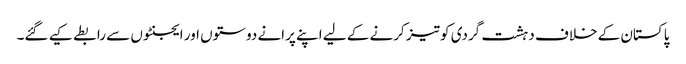
پاکستان کے خلاف دہشت گردی کو تیز کرنے کے لیے اپنے پرانے دوستوں اور ایجنٹوں سے رابطے کیے گئے۔